Annual report on the working of the lock hospitals in the Central Provinces
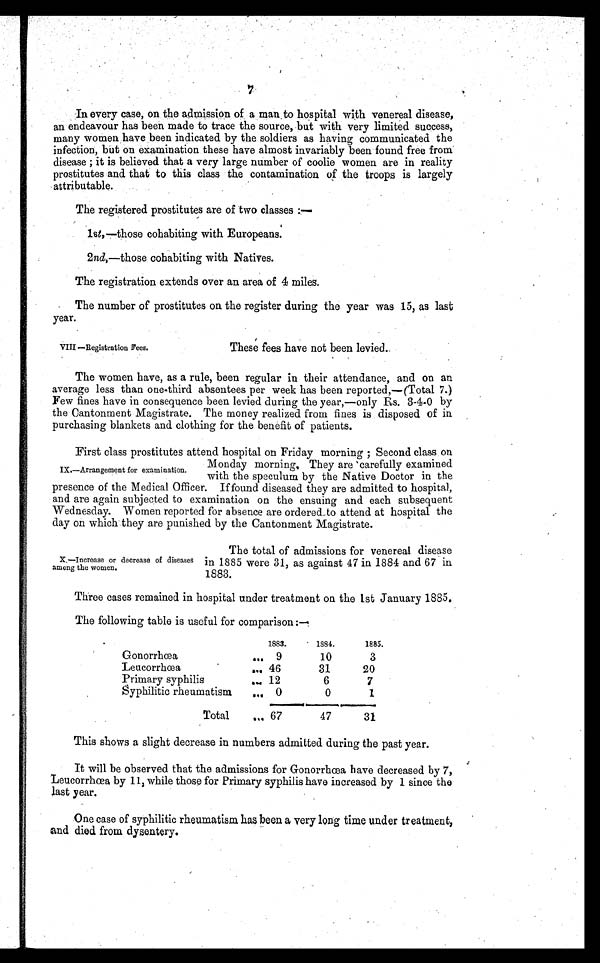
VIII —Registration Fees.
These fees have not been levied.
7
In every case, on the admission of a man to hospital with venereal disease,
an endeavour has been made to trace the source, but with very limited success,
many women have been indicated by the soldiers as having communicated the
infection, but on examination these have almost invariably been found free from
disease ; it is believed that a very large number of coolie women are in reality
prostitutes and that to this class the contamination of the troops is largely
attributable.
The registered prostitutes are of two classes :
—
1st, —those cohabiting with Europeans.
2nd, —those cohabiting with Natives.
The registration extends over an area of 4 miles.
The number of prostitutes on the register during the year was 15, as last
year.
The women have, as a rule, been regular in their attendance, and on an
average less than one-third absentees per week has been reported,—(Total 7.)
Few fines have in consequence been levied during the year,—only Rs. 3-4-0 by
the Cantonment Magistrate. The money realized from fines is disposed of in
purchasing blankets and clothing for the benefit of patients.
First class prostitutes attend hospital on Friday morning ; Second class on
Monday morning. They are carefully examined
with the speculum by the Native Doctor in the
presence of the Medical Officer. If found diseased they are admitted to hospital,
and are again subjected to examination on the ensuing and each subsequent
Wednesday. Women reported for absence are ordered to attend at hospital the
day on which they are punished by the Cantonment Magistrate.
IX.—Arrangement for examination.
x.—Increase or decrease of diseases
among the women.
The total of admissions for venereal disease
in 1885 were 31, as against 47 in 1884 and 67 in
1883.
Three cases remained in hospital under treatment on the 1st January 1885.
The following table is useful for comparison:—
1883.
1884.
1885.
Gonorrhœa
. . . 9
10
3
Leucorrhœa
. . . 46
31
20
Primary syphilis
. . . 12
6
7
Syphilitic rheumatism
. . . 0
0
1
Total
. . . 67
47
31
This shows a slight decrease in numbers admitted during the past year.
It will be observed that the admissions for Gonorrhœa have decreased by 7,
Leucorrhœa by 11, while those for Primary syphilis have increased by 1 since the
last year.
One case of syphilitic rheumatism has been a very long time under treatment,
and died from dysentery.